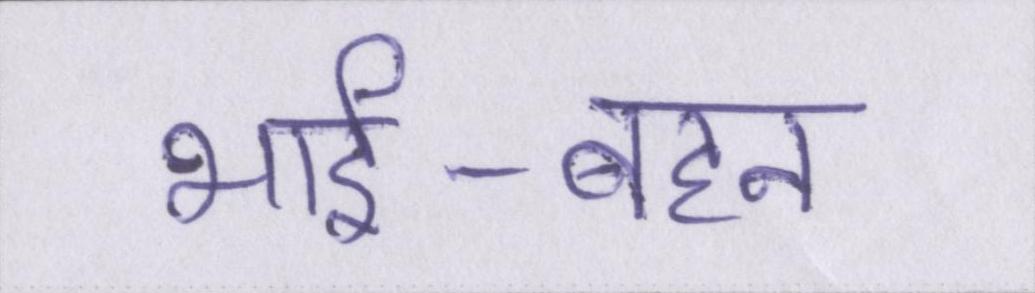
भाई-बहन